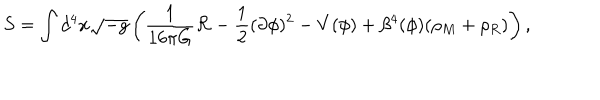
LaTeX: S = \int d ^ { 4 } x \sqrt { - g } \left( \frac { 1 } { 1 6 \pi G } { \cal R } - \frac { 1 } { 2 } ( \partial \phi ) ^ { 2 } - V ( \phi ) + \beta ^ { 4 } ( \phi ) ( \rho _ { M } + \rho _ { R } ) \right) ,